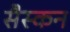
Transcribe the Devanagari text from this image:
सैस्कन